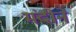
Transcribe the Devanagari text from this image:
मंदीने